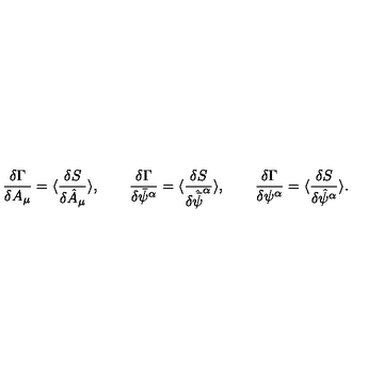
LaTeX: \frac { \delta \Gamma } { { \delta } A _ { \mu } } = \langle \frac { { \delta } S } { \delta \hat { A } _ { \mu } } \rangle , \qquad \frac { \delta \Gamma } { \delta { \bar { \psi } } ^ { \alpha } } = \langle \frac { { \delta } S } { \delta \hat { \bar { \psi } } ^ { \alpha } } \rangle , \qquad \frac { \delta \Gamma } { \delta { \psi } ^ { \alpha } } = \langle \frac { { \delta } S } { \delta \hat { \psi } ^ { \alpha } } \rangle .